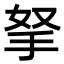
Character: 拏